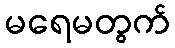
မရေမတွက်